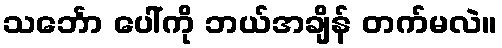
သင်္ဘော ပေါ်ကို ဘယ်အချိန် တက်မလဲ။